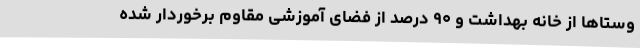
وستاها از خانه بهداشت و ۹۰ درصد از فضای آموزشی مقاوم برخوردار شده